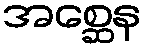
အစ္ဆေန